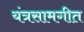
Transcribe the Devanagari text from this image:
यंत्रसामगीत